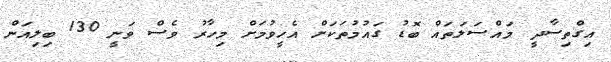
އިގްތިސާދީ މައްސަލަތައް ބޮޑު ގައުމުތަކަށް އެހީވުމަށް މިހާރު ވެސް ވަނީ 130 ބިލިއަން